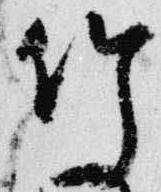
竹